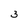
Character: 3